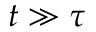
t \gg \tau